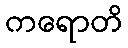
ကရောတိ